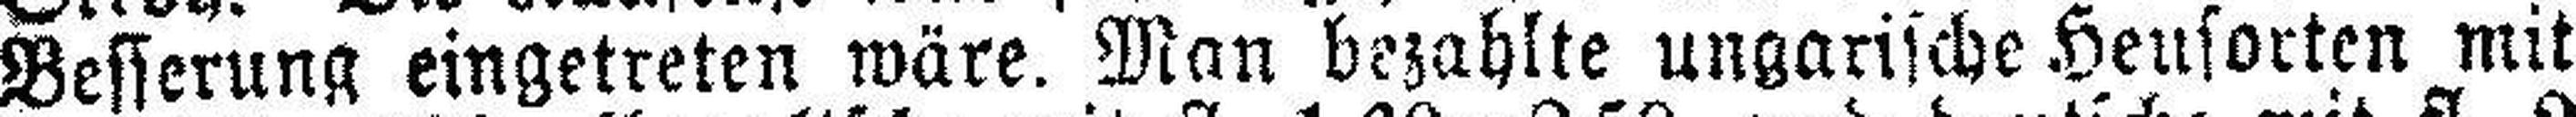
Besserung eingetreten wäre. Man bezahlte ungarische Heusorten mit